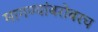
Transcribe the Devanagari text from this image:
मागण्यांबरोबरच